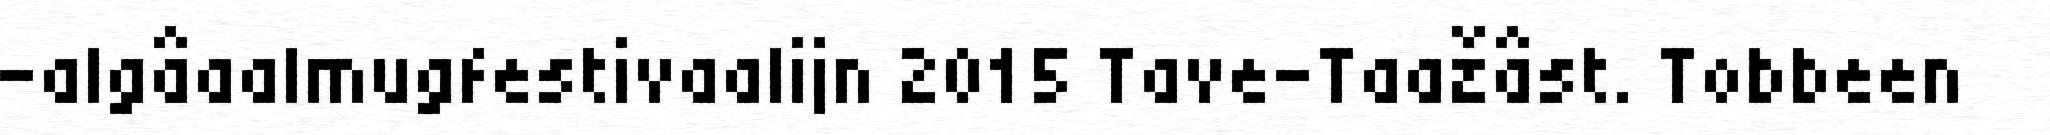
-algâaalmugfestivaalijn 2015 Tave-Taažâst. Tobbeen